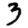
Digit: 3